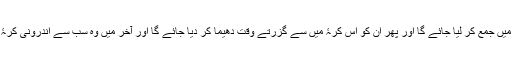
ضد پروٹون کو باہری کرۂ میں جمع کر لیا جائے گا اور پھر ان کو اس کرۂ میں سے گزرتے وقت دھیما کر دیا جائے گا اور آخر میں وہ سب سے اندرونی کرۂ میں پہنچ کر رک جائے گا۔